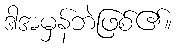
ဒါအမှန်ဘဲဖြစ်၏။